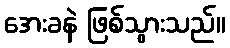
အေးခနဲ ဖြစ်သွားသည်။